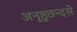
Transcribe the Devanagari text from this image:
अनुष्ठुछन्दसे